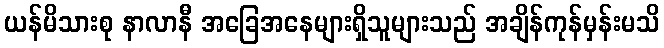
ယန်မိသားစု နာလာနီ အခြေအနေများရှိသူများသည် အချိန်ကုန်မှန်းမသိ